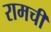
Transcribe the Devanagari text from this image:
रामची